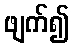
ဖျက်၍